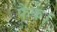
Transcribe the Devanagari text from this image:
फैंके।